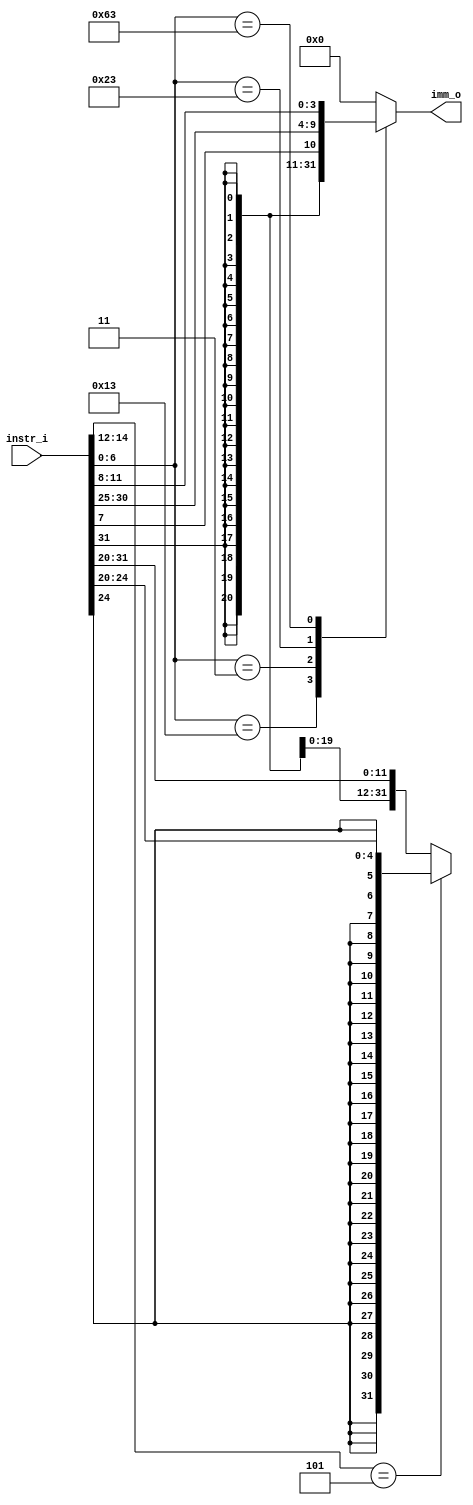
module Imm_Gen
(
    input wire [31:0] instr_i,
    output reg [31:0] imm_o
);

wire [6:0] opcode;
wire [2:0] funct3;
assign opcode = instr_i[6:0];
assign funct3 = instr_i[14:12];

always @(*) 
begin
    case(opcode)
        7'b0010011:
            if (funct3 == 3'b101) 
            begin
                imm_o = {{27{instr_i[24]}}, instr_i[24:20]};
            end
            else 
            begin
                imm_o = {{20{instr_i[31]}}, instr_i[31:20]};
            end
        7'b0000011: imm_o = {{20{instr_i[31]}}, instr_i[31:20]};
        7'b0100011: imm_o = {{20{instr_i[31]}}, {instr_i[31:25], instr_i[11:7]}};
        7'b1100011: imm_o = {{21{instr_i[31]}}, {instr_i[7], instr_i[30:25], instr_i[11:8]}};
        default: imm_o = 32'b0; 
    endcase
end
endmodule